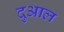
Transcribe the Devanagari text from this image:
दुआल